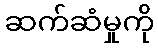
ဆက်ဆံမှုကို